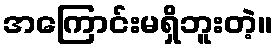
အကြောင်းမရှိဘူးတဲ့။